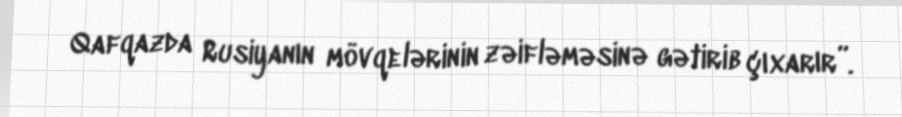
Qafqazda Rusiyanın mövqelərinin zəifləməsinə gətirib çıxarır”.